Source: Handwritten
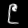
Digit: ၉ (9)